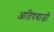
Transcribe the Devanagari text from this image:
आतिषबाजी